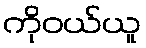
ကိုဝယ်ယူ